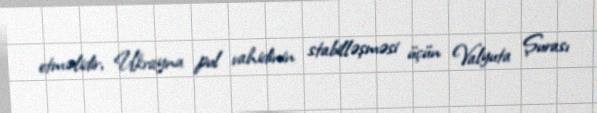
etməlidir, Ukrayna pul vahidinin stabilləşməsi üçün Valyuta Şurası